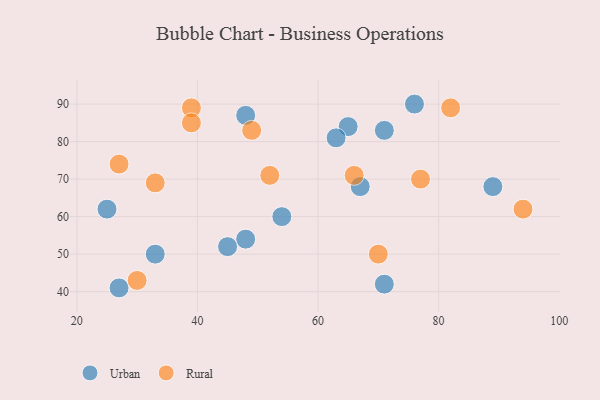
{"axis": {"x": "GDP", "y": "Life Expectancy"}, "legend": ["Rural", "Urban"], "data": [{"x": "71", "y": 83, "type": "Urban"}, {"x": "33", "y": 50, "type": "Urban"}, {"x": "48", "y": 87, "type": "Urban"}, {"x": "76", "y": 90, "type": "Urban"}, {"x": "65", "y": 84, "type": "Urban"}, {"x": "54", "y": 60, "type": "Urban"}, {"x": "48", "y": 54, "type": "Urban"}, {"x": "27", "y": 41, "type": "Urban"}, {"x": "25", "y": 62, "type": "Urban"}, {"x": "89", "y": 68, "type": "Urban"}, {"x": "45", "y": 52, "type": "Urban"}, {"x": "71", "y": 42, "type": "Urban"}, {"x": "67", "y": 68, "type": "Urban"}, {"x": "63", "y": 81, "type": "Urban"}, {"x": "52", "y": 71, "type": "Rural"}, {"x": "39", "y": 89, "type": "Rural"}, {"x": "82", "y": 89, "type": "Rural"}, {"x": "39", "y": 85, "type": "Rural"}, {"x": "33", "y": 69, "type": "Rural"}, {"x": "27", "y": 74, "type": "Rural"}, {"x": "94", "y": 62, "type": "Rural"}, {"x": "49", "y": 83, "type": "Rural"}, {"x": "66", "y": 71, "type": "Rural"}, {"x": "77", "y": 70, "type": "Rural"}, {"x": "70", "y": 50, "type": "Rural"}, {"x": "30", "y": 43, "type": "Rural"}]}